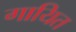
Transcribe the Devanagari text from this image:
गायित